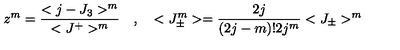
z ^ { m } = \frac { < j - J _ { 3 } > ^ { m } } { < J ^ { + } > ^ { m } } \quad , \quad < J _ { \pm } ^ { m } > = \frac { 2 j } { ( 2 j - m ) ! 2 j ^ { m } } < J _ { \pm } > ^ { m }